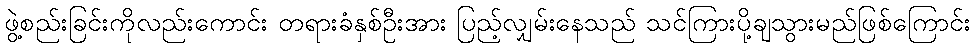
ဖွဲ့စည်းခြင်းကိုလည်းကောင်း တရားခံနှစ်ဦးအား ပြည့်လျှမ်းနေသည် သင်ကြားပို့ချသွားမည်ဖြစ်ကြောင်း